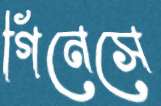
গিনেসে